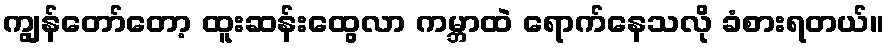
ကျွန်တော်တော့ ထူးဆန်းထွေလာ ကမ္ဘာထဲ ရောက်နေသလို ခံစားရတယ်။